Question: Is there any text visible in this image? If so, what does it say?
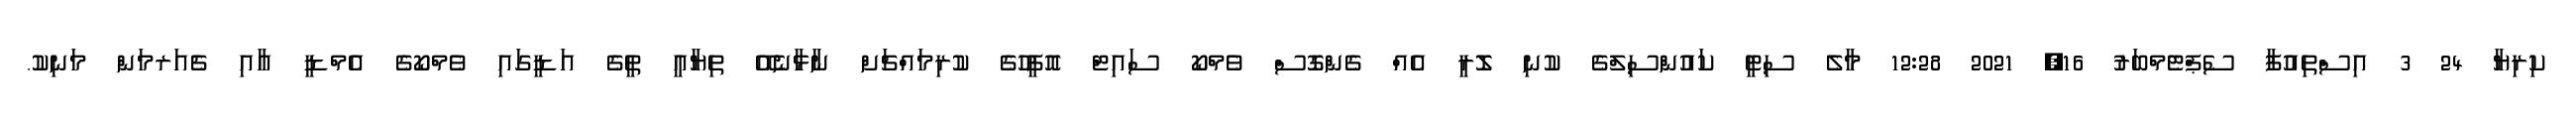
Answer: ކިރިޔާ 24 3 އިސްތިއުފާ ސެޕްޓެމްބަރު 16, 2021 12:28 މާލެ ސިޓީ ކައުންސިލްގެ ކުނި ލޮރީ އެއް ގެންގޮސް ވެމްކޯ ސައިޓް އޮފީހުގެ ކުރިމައްޗަށް ނާޅާނެއޭ ތިޔާއީ ތީގެ އަޑީގައި ވެމްކޯގެ އެމްޑީ އާއި ޗެއަރމަން މަނިކު.